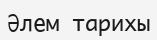
Әлем тарихы